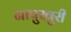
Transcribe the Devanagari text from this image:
नापुखुरी